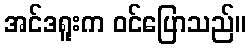
အင်ဒရူးက ဝင်ပြောသည်။